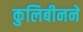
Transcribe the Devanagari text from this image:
कुलिबीनने